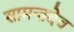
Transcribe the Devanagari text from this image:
सामन्तदेव